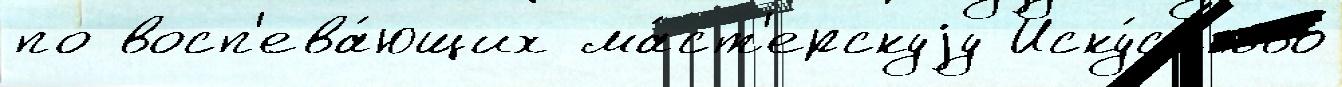
по восп'ева́ющих ма́ст'ерскуjу Иску́сство